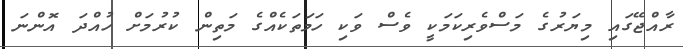
ރާއްޖޭގައި މިޔަރުގެ މަސްވެރިކަމަކީ ވެސް ވަކި ހަމަތަކެއްގެ މަތިން ކުރުމަށް ހުއްދަ އޮންނަ